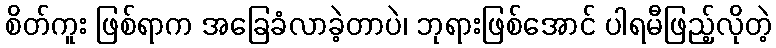
စိတ်ကူး ဖြစ်ရာက အခြေခံလာခဲ့တာပဲ၊ ဘုရားဖြစ်အောင် ပါရမီဖြည့်လိုတဲ့